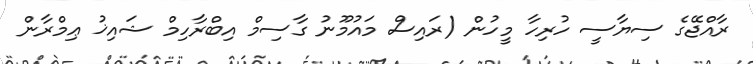
ރާއްޖޭގެ ސިޔާސީ ހުރިހާ މީހުން (ރައިސް މައުމޫނު ގާސިމް އިބްރާހިމް ޝައިޚު ޢިމްރާން